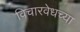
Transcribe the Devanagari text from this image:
विचारवेधच्या